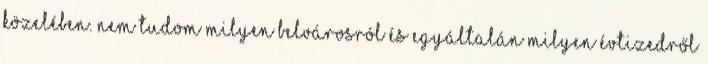
közelében. Nem tudom milyen belvárosról és egyáltalán milyen évtizedről